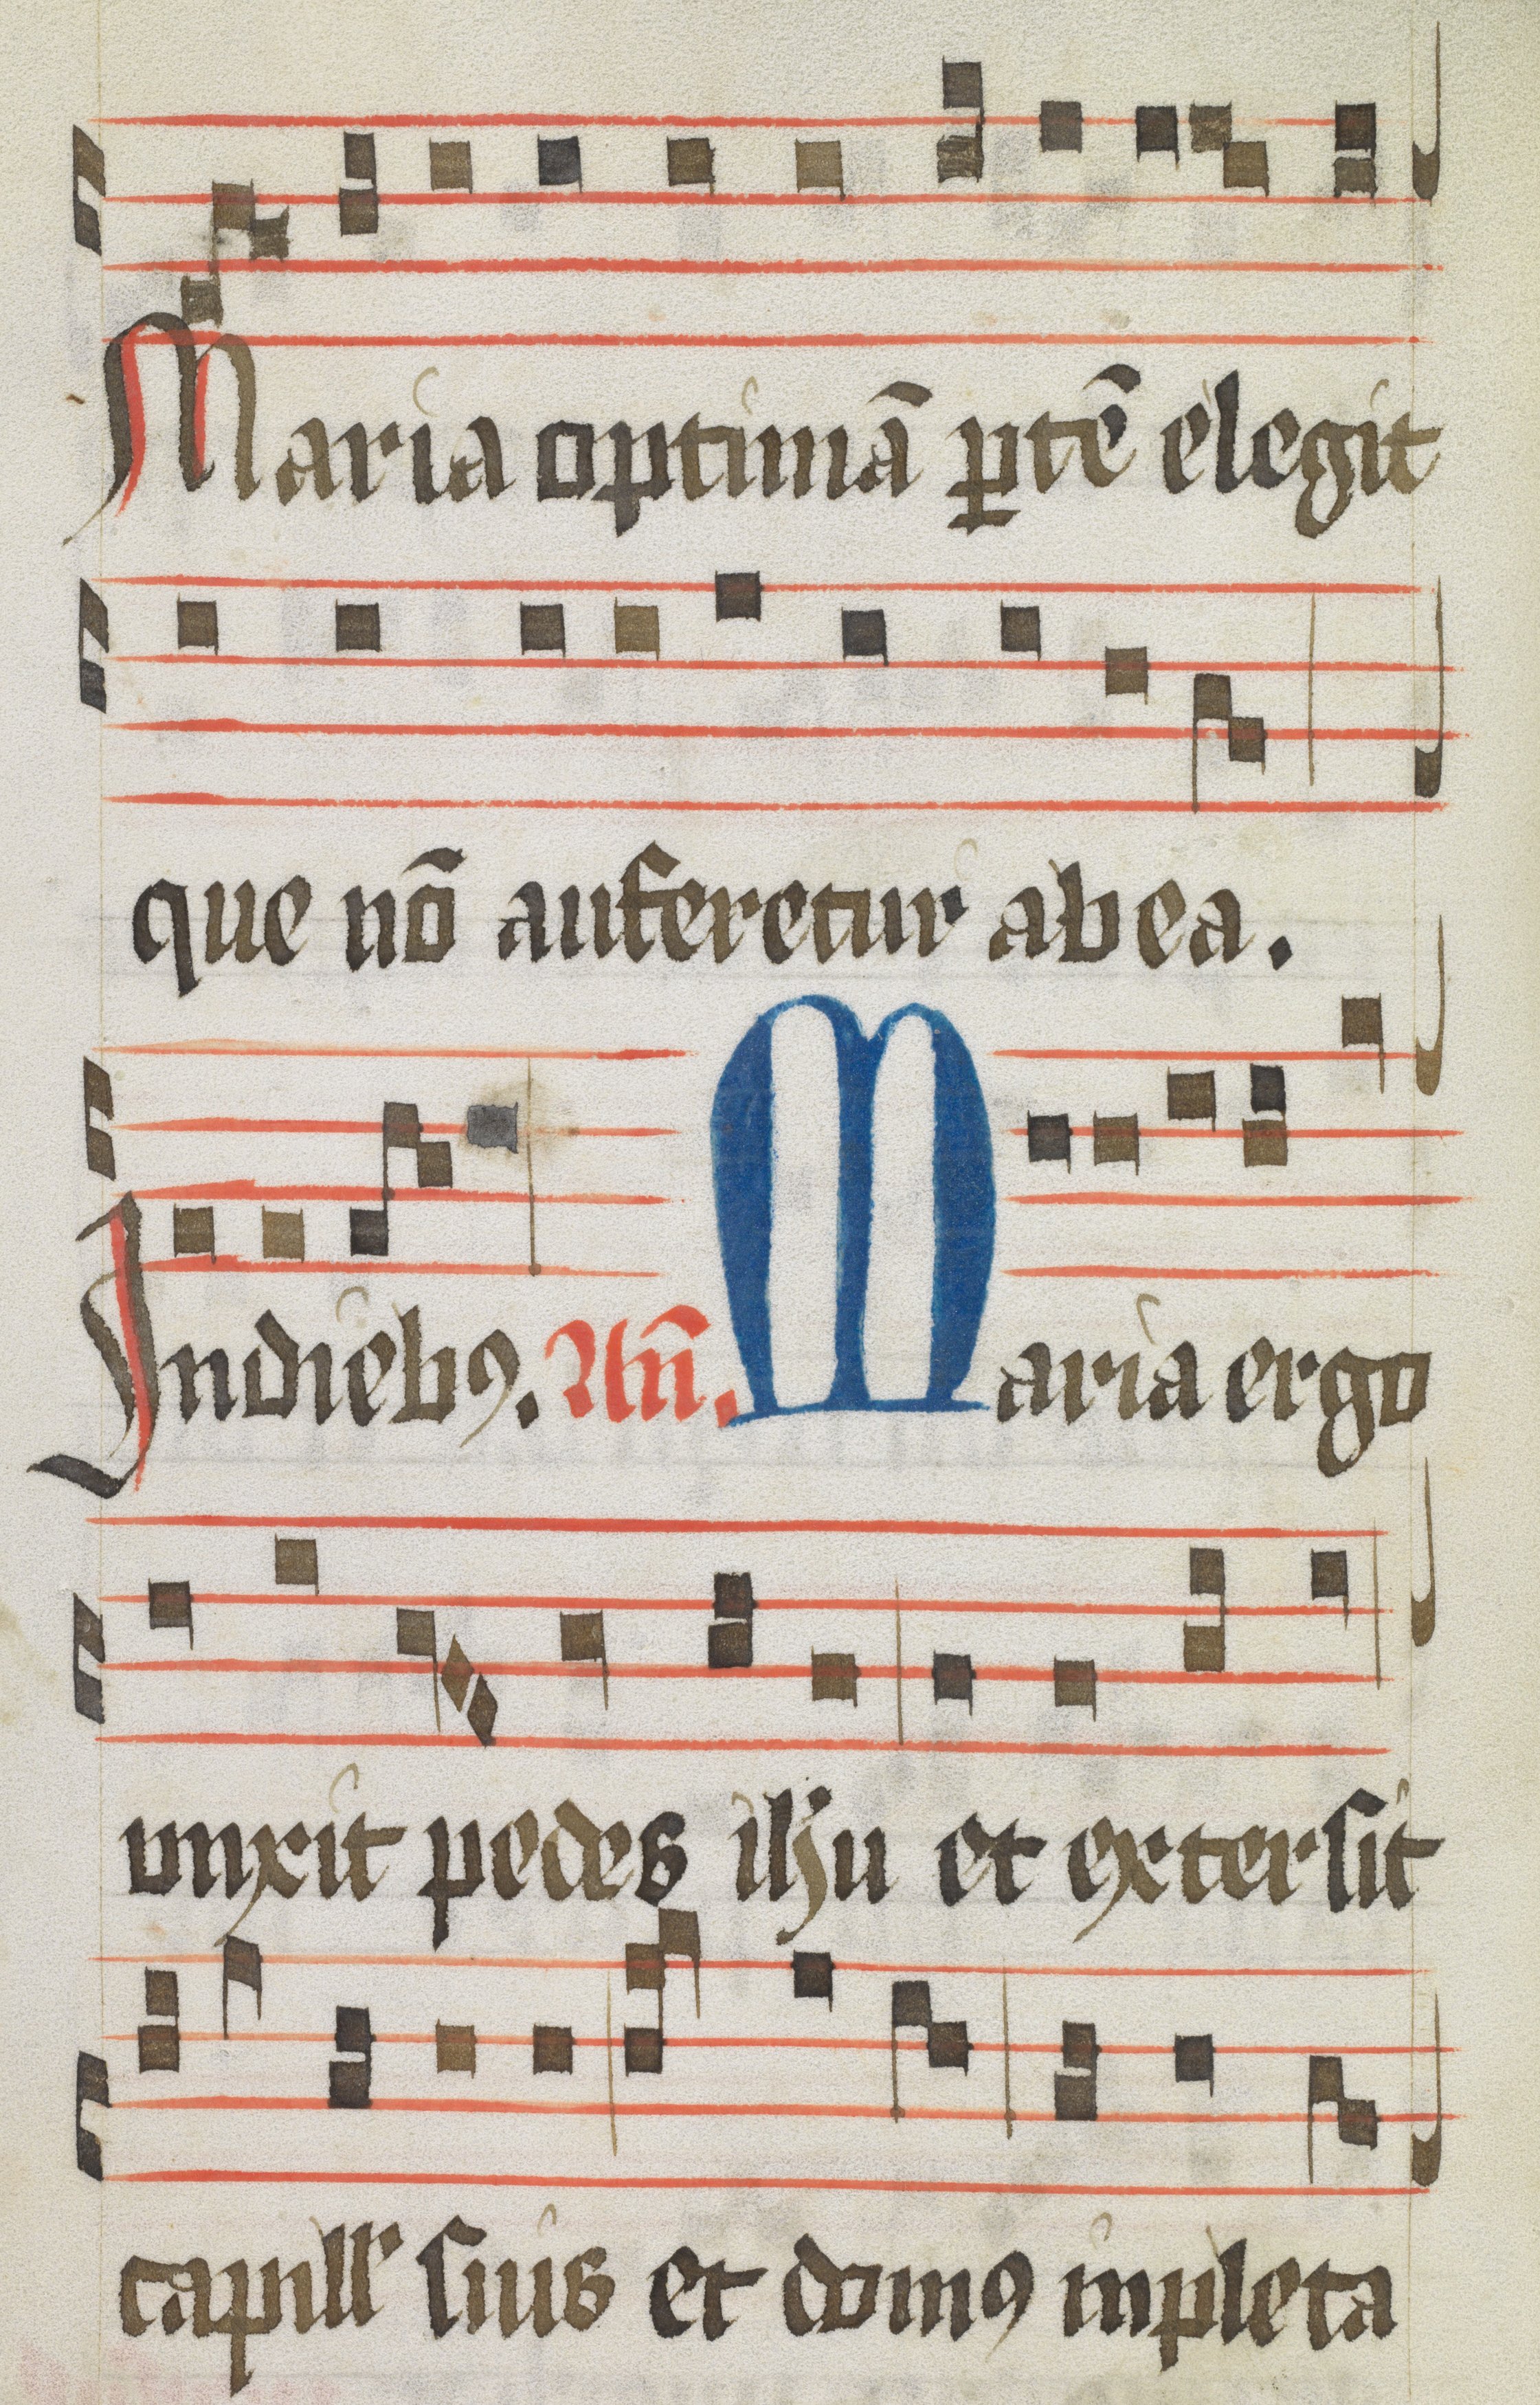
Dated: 1425–1449